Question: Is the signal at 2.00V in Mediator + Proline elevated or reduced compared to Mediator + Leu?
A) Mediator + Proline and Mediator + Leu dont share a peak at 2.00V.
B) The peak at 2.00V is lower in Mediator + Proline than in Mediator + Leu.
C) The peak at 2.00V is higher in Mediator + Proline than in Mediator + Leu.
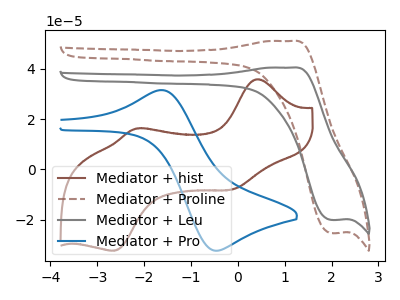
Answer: <think>The brown curve "Mediator + hist" has anodic peaks at (0.40V, 35.90uA) (-2.20V, 16.25uA) and cathodic peaks at (-0.10V, -7.90uA) (-2.65V, -32.35uA). The brown dashed curve "Mediator + Proline" has an anodic peak at (1.15V, 51.10uA) and a cathodic peak at (2.00V, -25.35uA). The gray curve "Mediator + Leu" has an anodic peak at (1.15V, 40.55uA) and a cathodic peak at (2.00V, -20.10uA). The blue curve "Mediator + Pro" has an anodic peak at (-1.60V, 31.50uA) and a cathodic peak at (-0.50V, -32.35uA).</think>
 <answer>C) The peak at 2.00V is higher in "Mediator + Proline" than in "Mediator + Leu".</answer>
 <eval>C</eval>